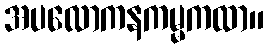
အပလောကနကမ္မကထာ။